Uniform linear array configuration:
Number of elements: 4
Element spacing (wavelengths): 0.25
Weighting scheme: uniform
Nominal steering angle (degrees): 30
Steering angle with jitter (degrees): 28.788
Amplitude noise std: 0.05
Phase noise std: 0.05

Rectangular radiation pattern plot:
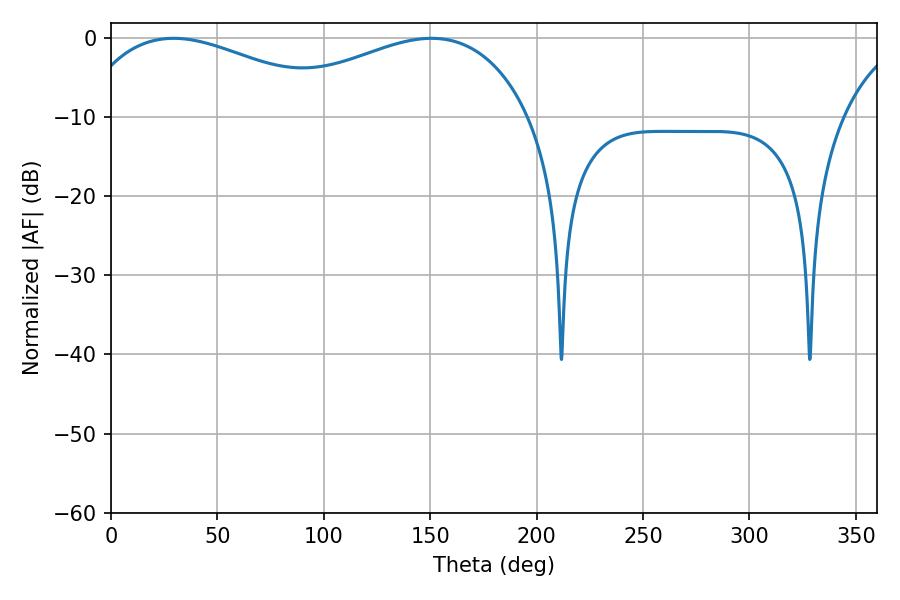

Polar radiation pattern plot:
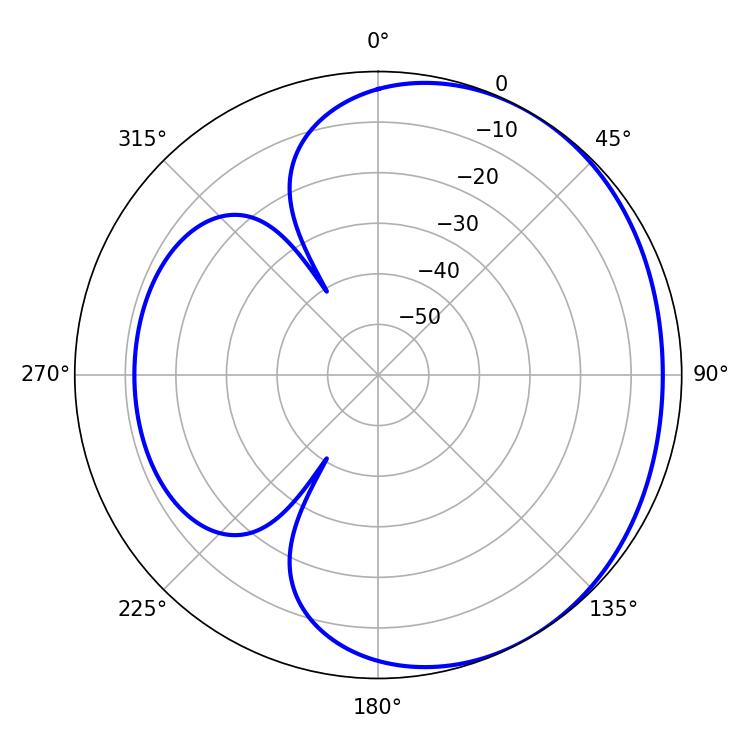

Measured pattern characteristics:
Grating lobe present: FALSE
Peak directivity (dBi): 2.084
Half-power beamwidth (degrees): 70.2
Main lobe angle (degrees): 29.34